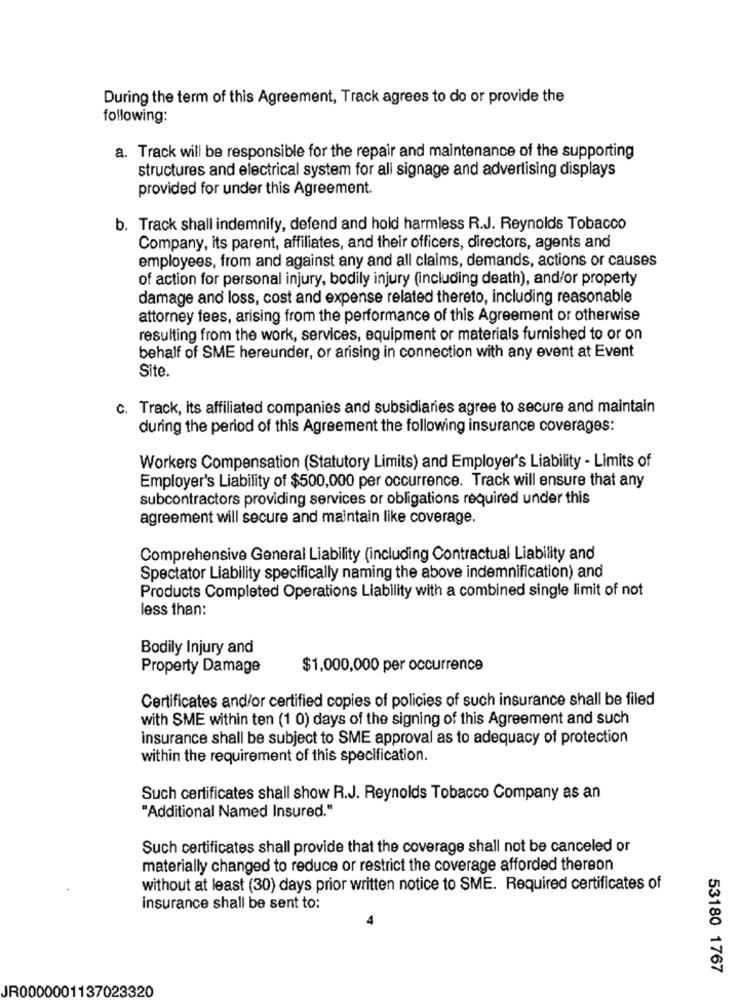
During the term of this Agreement, Track agrees to do or provide the
following:
a. Track will be responsible for the repair and maintenance of the supporting
structures and electrical system for all signage and advertising displays
provided for under this Agreement.
b. Track shall indemnify, defend and hold harmless R.J. Reynolds Tobacco
Company, its parent, affiliates, and their officers, directors, agents and
employees, from and against any and all claims, demands, actions or causes
of action for personal injury, bodily injury (including death), and/or property
damage and loss, cost and expense related thereto, including reasonable
attorney fees, arising from the performance of this Agreement or otherwise
resulting from the work, services, equipment or materials furnished to or on
behalf of SME hereunder, or arising in connection with any event at Event
Site.
c. Track, its affiliated companies and subsidiaries agree to secure and maintain
during the period of this Agreement the following insurance coverages:
Workers Compensation (Statutory Limits) and Employer's Liability - Limits of
Employer's Liability of $500,000 per occurrence. Track will ensure that any
subcontractors providing services or obligations required under this
agreement will secure and maintain like coverage.
Comprehensive General Liability (including Contractual Liability and
Spectator Liability specifically naming the above indemnification) and
Products Completed Operations Liability with a combined single limit of not
less than:
Bodily Injury and
Property Damage
$1,000,000 per occurrence
Certificates and/or certified copies of policies of such insurance shall be filed
with SME within ten (1 0) days of the signing of this Agreement and such
insurance shall be subject to SME approval as to adequacy of protection
within the requirement of this specification.
Such certificates shall show R.J. Reynolds Tobacco Company as an
"Additional Named Insured."
Such certificates shall provide that the coverage shall not be canceled or
materially changed to reduce or restrict the coverage afforded thereon
without at least (30) days prior written notice to SME. Required certificates of
insurance shall be sent to:
53180 1767
JR0000001137023320